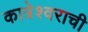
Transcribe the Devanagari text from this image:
कात्रेश्वराची